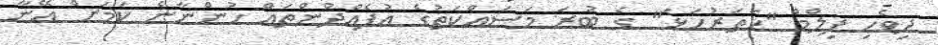
ދިވެހި ފިލްމް "ހަތަރުހަޅަ" ގެ ބުރަ މަސައްކަތުގެ އުފެއްދުންތައް ހުންނާނެ ކަމަށް އޭނާ